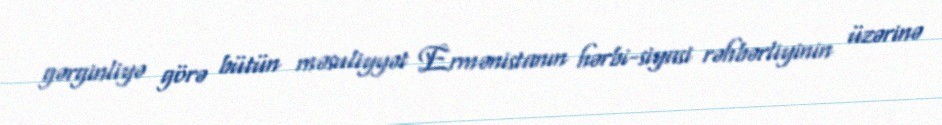
gərginliyə görə bütün məsuliyyət Ermənistanın hərbi-siyasi rəhbərliyinin üzərinə